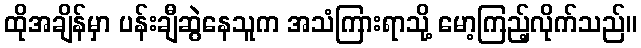
ထိုအချိန်မှာ ပန်းချီဆွဲနေသူက အသံကြားရာသို့ မော့ကြည့်လိုက်သည်။